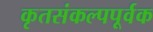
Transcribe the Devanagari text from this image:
कृतसंकल्पपूर्वक